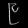
Digit: ၉